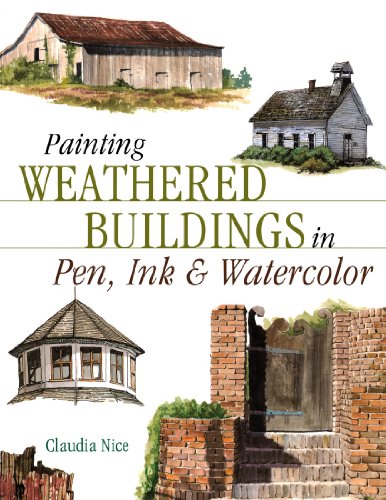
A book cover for Painting Weathered Buildings in Pen, Ink & Watercolor (Artist's Photo Reference); Claudia Nice; Arts & Photography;